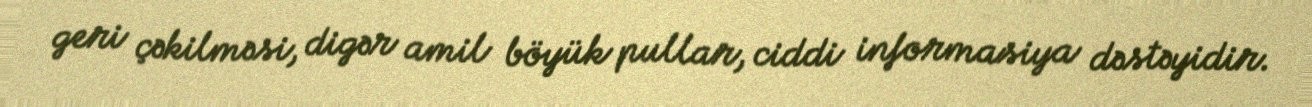
geri çəkilməsi, digər amil böyük pullar, ciddi informasiya dəstəyidir.